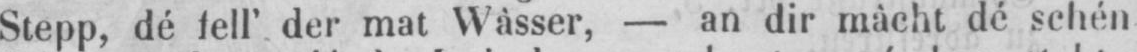
Stepp, dé fell’ der mat Wâsser, - an dir mâcht dé schén